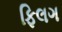
ફિલગ